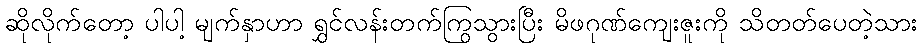
ဆိုလိုက်တော့ ပါပါ့ မျက်နှာဟာ ရွှင်လန်းတက်ကြွသွားပြီး မိဖဂုဏ်ကျေးဇူးကို သိတတ်ပေတဲ့သား